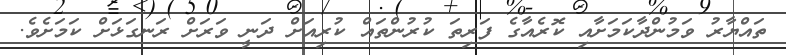
ތައްޔާރު ވަމުންދާކަމަށާއި ކޮރެއާގެ ފަރިތަ ކުރުންތައް ކުރިއަށް ދަނީ ވަރަށް ރަނގަޅަށް ކަމަށެވެ.